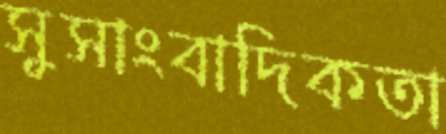
সুসাংবাদিকতা